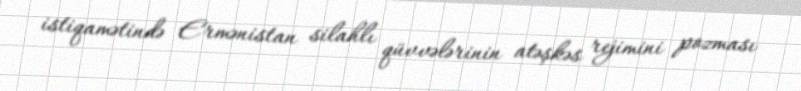
istiqamətində Ermənistan silahlı qüvvələrinin atəşkəs rejimini pozması